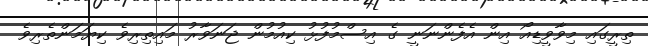
ތިރީގައި މިވާވީޑިއޯ އިން އެފެންނަނީ ގެ އިސްމުފުޅު ކިއުމުން ޖަނަވާރު މައިތިރިވެ ކިޔަމަންތެރިވެ